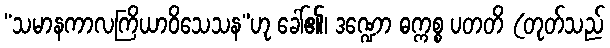
“သမာနကာလကြိယာဝိသေသန”ဟု ခေါ်၏၊ ဒဏ္ဍော ဓက္ကစ္စ ပတတိ (တုတ်သည်